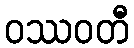
ဝဿဝတီ